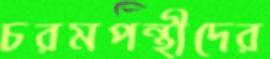
চরমপন্থীদের